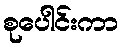
စုပေါင်းကာ